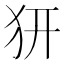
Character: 𤜵